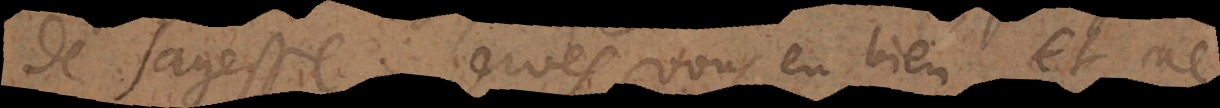
de sagesse servés vous en bien et ne